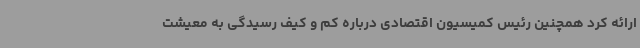
ارائه کرد همچنین رئیس کمیسیون اقتصادی درباره کم و کیف رسیدگی به معیشت